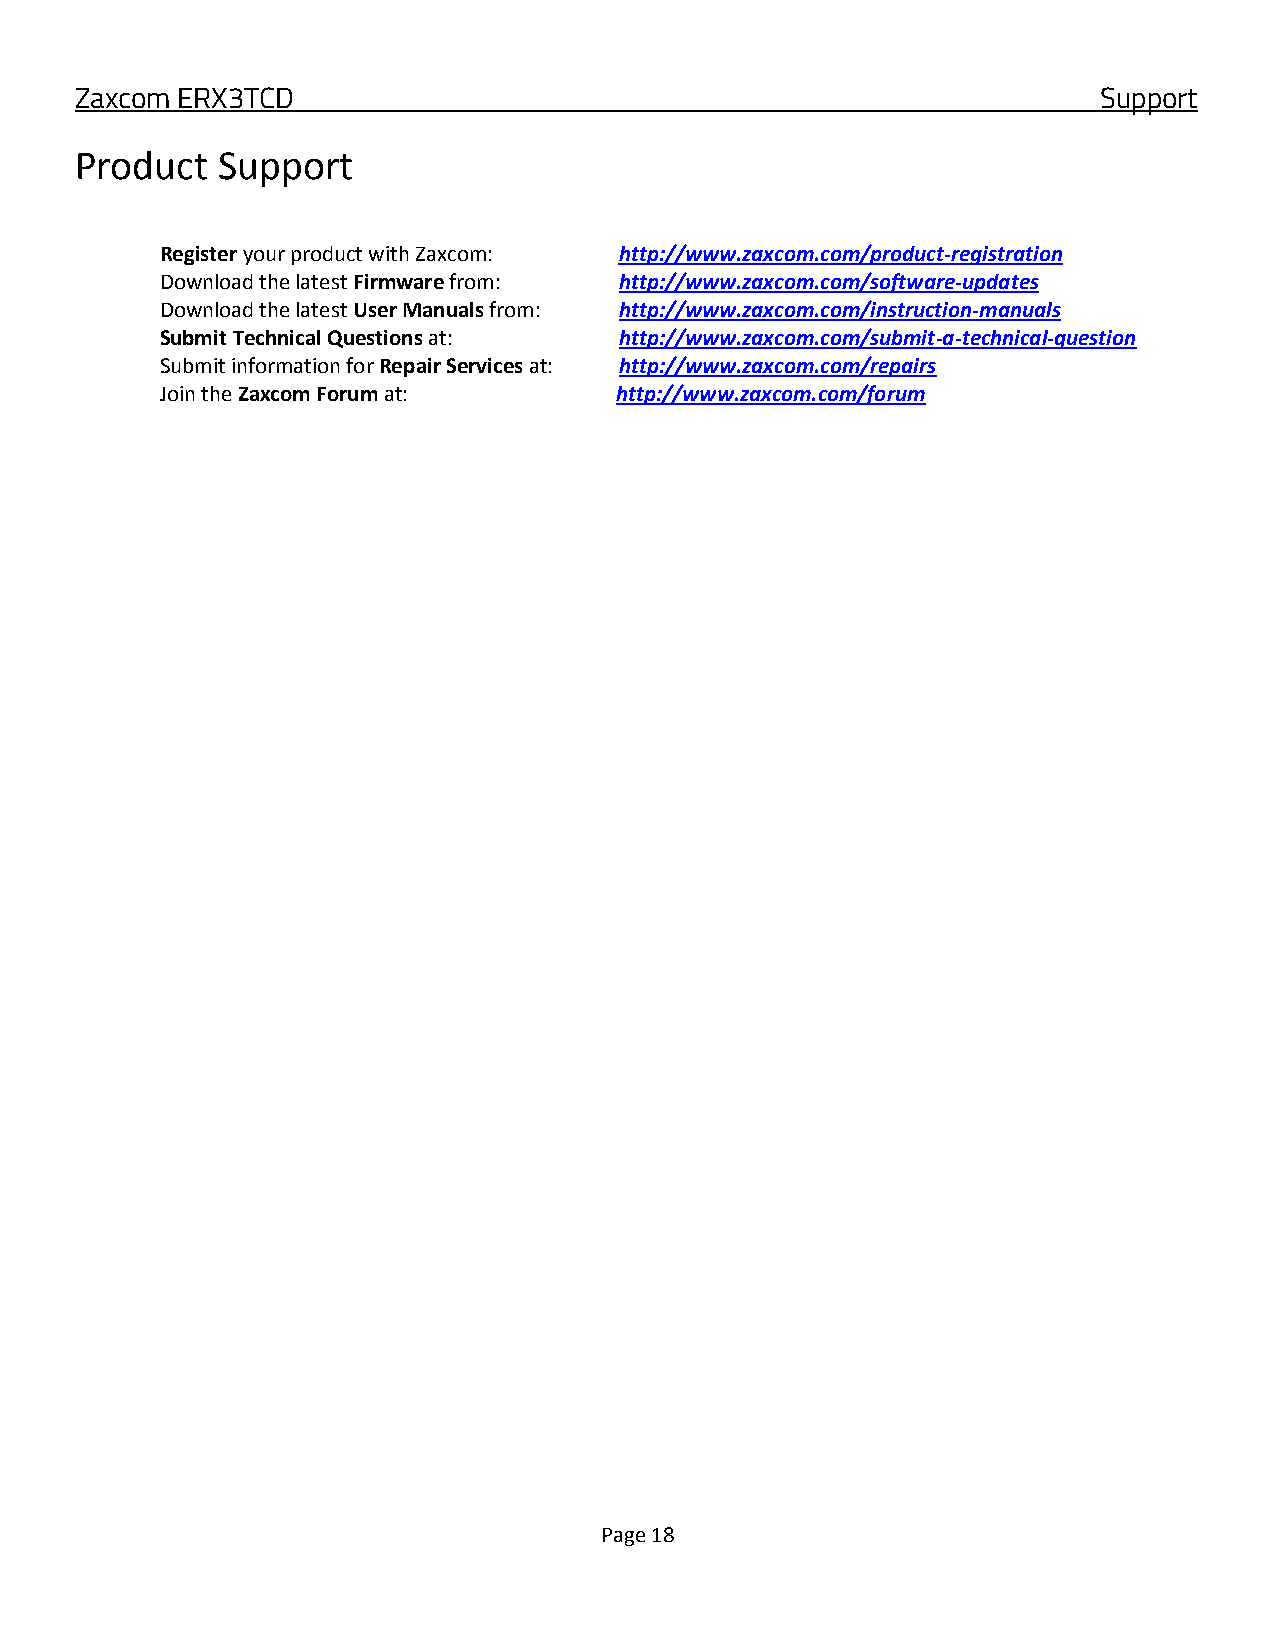
Zaxcom ERX3TCD                                                      Support
 Product  Support
 Register your product with Zaxcom: http://www.zaxcom.com/product-registration
 Download the latest Firmware from: http://www.zaxcom.com/software-updates
 Download the latest User Manuals from: http://www.zaxcom.com/instruction-manuals
 Submit Technical Questions at: http://www.zaxcom.com/submit-a-technical-question
 Submit information for Repair Services at: http://www.zaxcom.com/repairs
 Join the Zaxcom Forum at:     http://www.zaxcom.com/forum
 Page 18